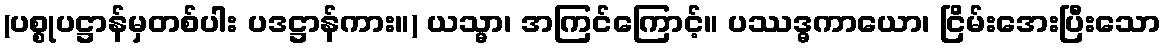
(ပစ္စုပဋ္ဌာန်မှတစ်ပါး ပဒဋ္ဌာန်ကား။) ယသ္မာ၊ အကြင်ကြောင့်။ ပဿဒ္ဓကာယော၊ ငြိမ်းအေးပြီးသော